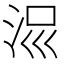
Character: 𣳧